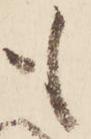
も